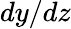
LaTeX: dy/dz